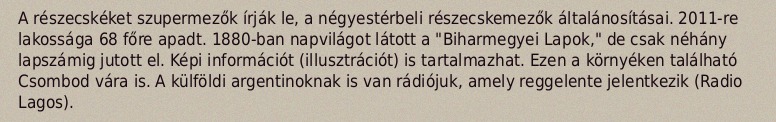
A részecskéket szupermezők írják le, a négyestérbeli részecskemezők általánosításai. 2011-re lakossága 68 főre apadt. 1880-ban napvilágot látott a "Biharmegyei Lapok," de csak néhány lapszámig jutott el. Képi információt (illusztrációt) is tartalmazhat. Ezen a környéken található Csombod vára is. A külföldi argentinoknak is van rádiójuk, amely reggelente jelentkezik (Radio Lagos).